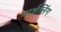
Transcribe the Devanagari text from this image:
मार्शलिंग